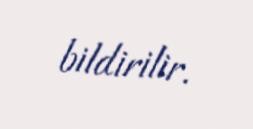
bildirilir.